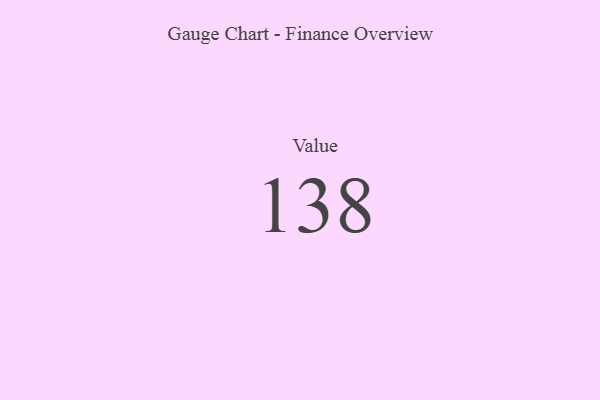
{"axis": {"x": "Metric", "y": "Value"}, "legend": [""], "data": [{"x": "Value", "y": 138, "type": ""}]}